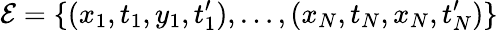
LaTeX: {\cal E}=\{ (x_{1},t_{1},y_{1},t_{1}^{\prime}),\ldots,(x_{N},t_{N},x_{N},t_{N}^{\prime})\}